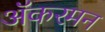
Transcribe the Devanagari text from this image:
अॅकरमन